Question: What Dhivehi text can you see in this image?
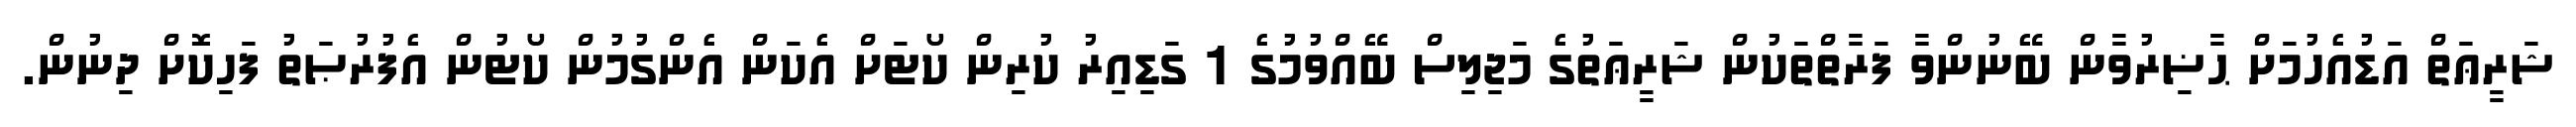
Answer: ޝަރީޢަތް އަޑުއެހުމަށް ޙާޟިރުވާން ބޭނުންވާ ފަރާތްތަކުން ޝަރީޢަތުގެ މަޖިލިސް ބޭއްވުމުގެ 1 ގަޑިއިރު ކުރިން ކޯޓަށް އެކަން އެންގުމުން ކޯޓުން އެފުރުޞަތު ފަހިކޮށް ދިނުން.